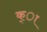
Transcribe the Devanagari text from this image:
क्ा